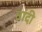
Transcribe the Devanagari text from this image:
तांदी